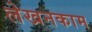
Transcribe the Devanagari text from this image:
लेखनकाम